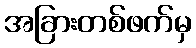
အခြားတစ်ဖက်မှ